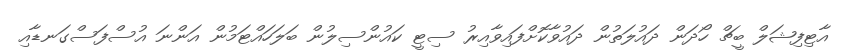
އާޓިފިޝަލް ބީޗް ހޯދަން ދައުލަތުން ދައުވާކޮށްފައިވާއިރު ސިޓީ ކައުންސިލުން ބަލަހައްޓަމުން އަންނަ އުސްފަސްގަނޑާއި